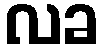
လခ